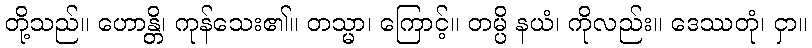
တို့သည်။ ဟောန္တိ၊ ကုန်သေး၏။ တသ္မာ၊ ကြောင့်။ တမ္ပိ နယံ၊ ကိုလည်း။ ဒေဿတုံ၊ ငှာ။